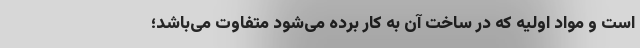
است و مواد اولیه که در ساخت آن به کار برده می‌شود متفاوت می‌باشد؛